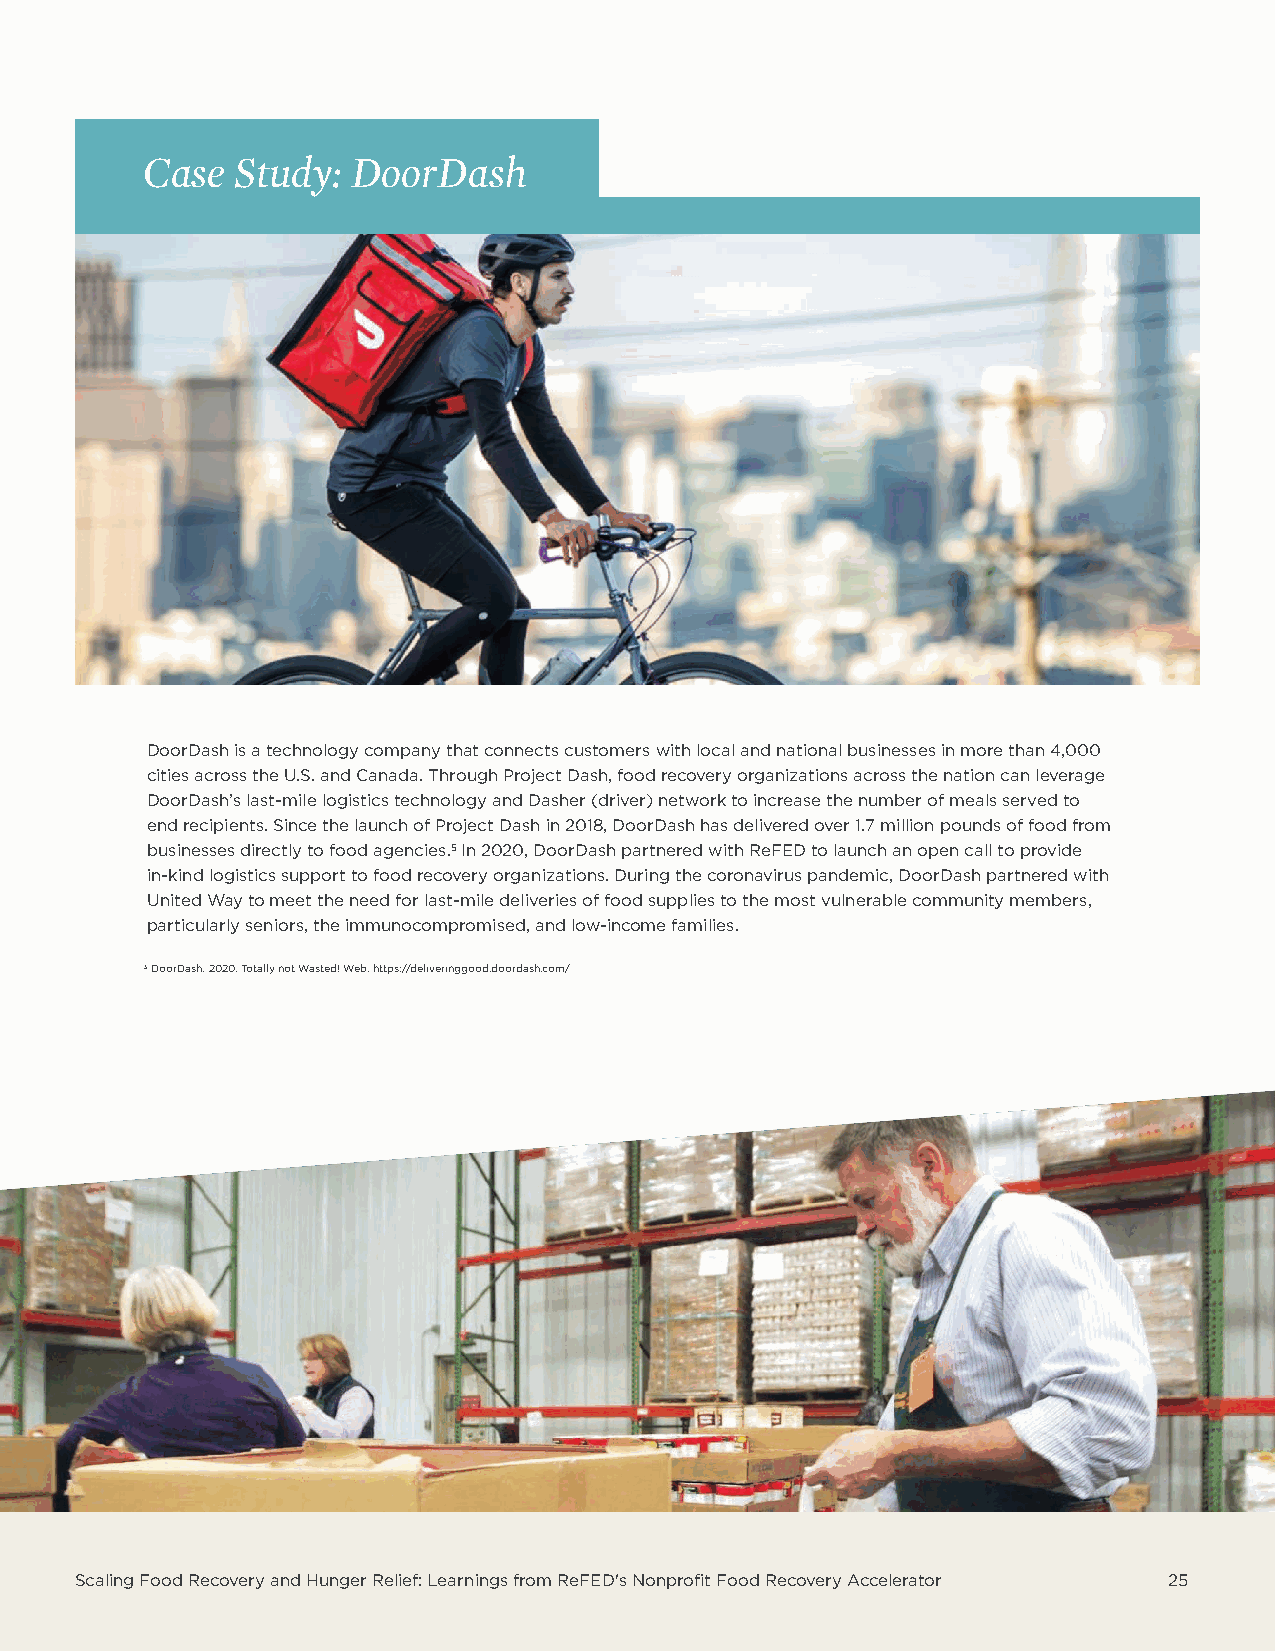
Case  Study:  DoorDash
 DoorDash is a technology company that connects customers with local and national businesses in more than 4,000
 cities across the U.S. and Canada. Through Project Dash, food recovery organizations across the nation can leverage
 DoorDash’s last-mile logistics technology and Dasher (driver) network to increase the number of meals served to
 end recipients. Since the launch of Project Dash in 2018, DoorDash has delivered over 1.7 million pounds of food from
 businesses directly to food agencies.5 In 2020, DoorDash partnered with ReFED to launch an open call to provide
 in-kind logistics support to food recovery organizations. During the coronavirus pandemic, DoorDash partnered with
 United Way to meet the need for last-mile deliveries of food supplies to the most vulnerable community members,
 particularly seniors, the immunocompromised, and low-income families.
 5 DoorDash. 2020. Totally not Wasted! Web. https://deliveringgood.doordash.com/
 Scaling Food Recovery and Hunger Relief: Learnings from ReFED's Nonprofit Food Recovery Accelerator 25